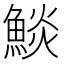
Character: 𩸥